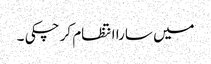
میں سارا انتظام کر چکی ۔